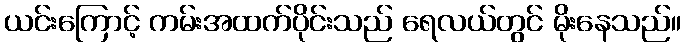
ယင်းကြောင့် ကမ်းအထက်ပိုင်းသည် ရေလယ်တွင် မိုးနေသည်။